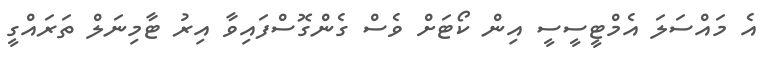
އެ މައްސަލަ އެމްޓީސީސީ އިން ކޯޓަށް ވެސް ގެންގޮސްފައިވާ އިރު ޓާމިނަލް ތަރައްގީ